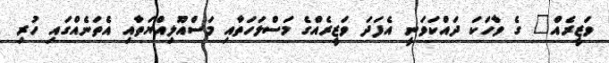
ވަޒީރެއް" ގެ ވާހަކަ ދައްކަވަނީ އެފަދަ ވަޒީރެއްގެ މަސްލަހަތާއި މަސްއޫލިއްޔަތާއި އެތަނެއްގައި ހުރި